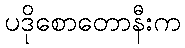
ပဒိုစောတောနီးက